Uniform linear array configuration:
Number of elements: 8
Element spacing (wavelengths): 0.5
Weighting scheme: uniform
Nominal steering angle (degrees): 15
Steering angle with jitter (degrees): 15.771
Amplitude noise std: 0.05
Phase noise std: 0.05

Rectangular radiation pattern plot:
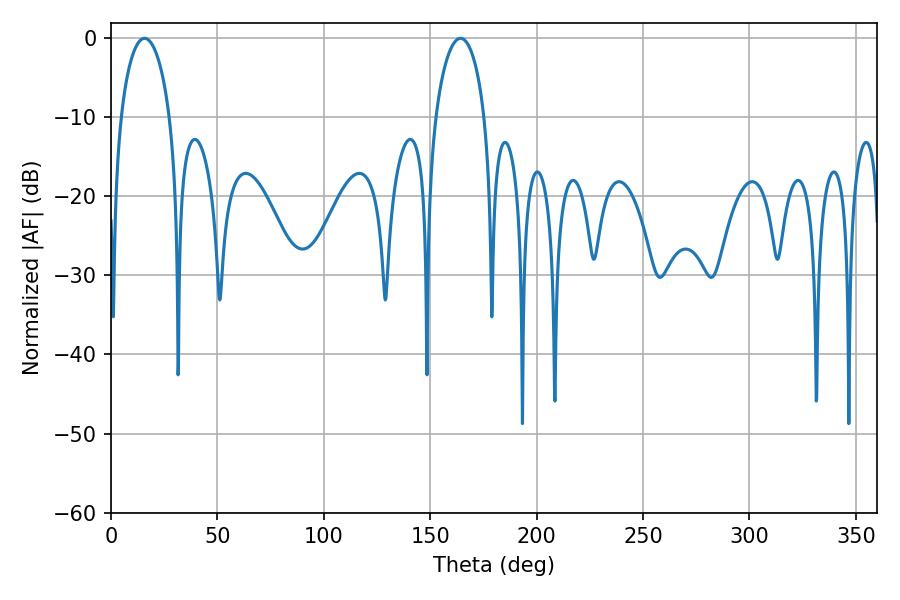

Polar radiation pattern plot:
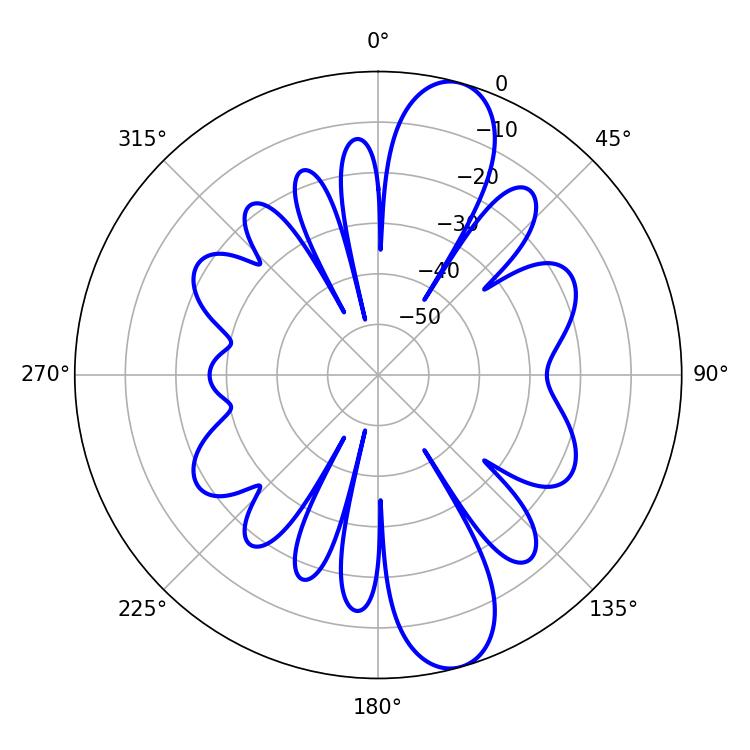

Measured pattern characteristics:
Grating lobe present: FALSE
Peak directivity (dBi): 11.561
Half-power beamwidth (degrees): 13.32
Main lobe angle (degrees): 15.84